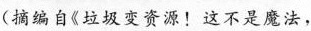
(摘编自《垃圾变资源！这不是魔法，